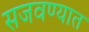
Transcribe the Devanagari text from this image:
सजवण्यात